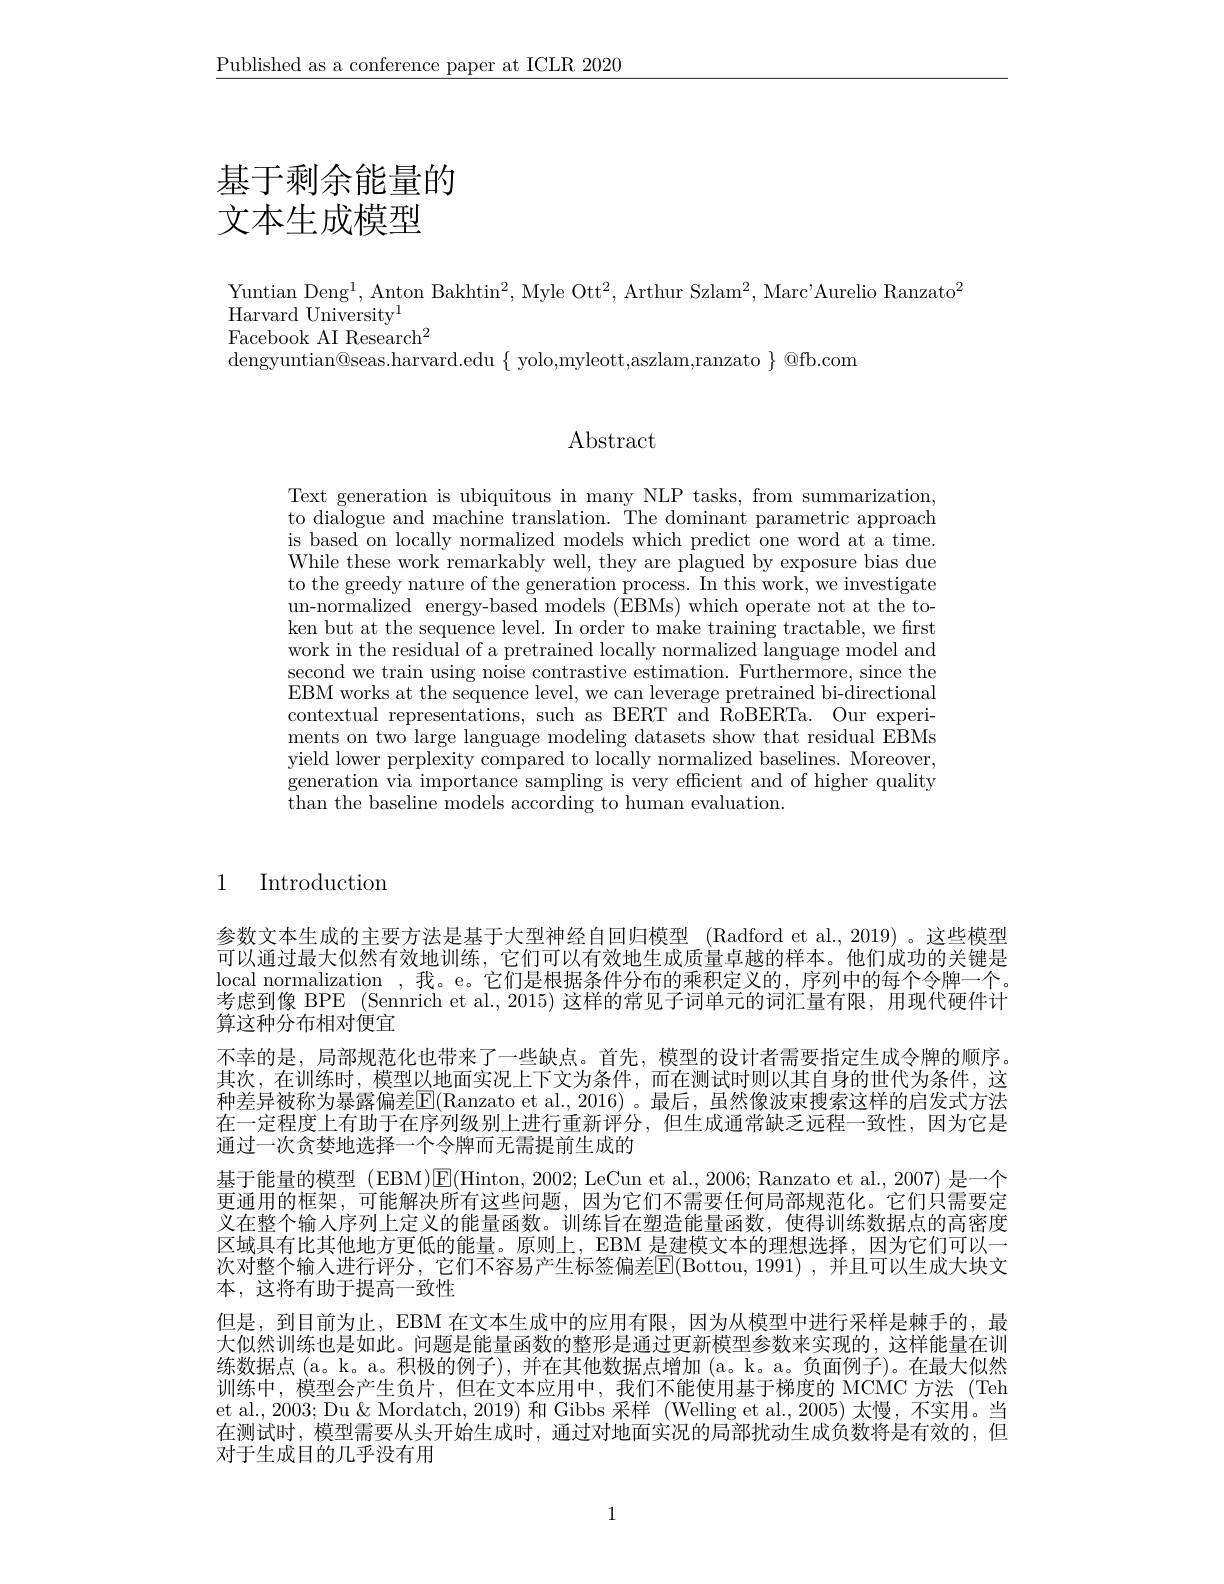
$\underline{\text{Published as a conference paper at ICLR 2020}}$

# 基于剩余能量的文本生成模型

Yuntian Deng$^1$, Anton Bakhtin$^2$, Myle Ott$^2$, Arthur Szlam$^2$, Marc'Aurelio Ranzato$^2$
Harvard University$^1$
Facebook AI Research$^2$
$dengyuntian@seas.harvard.edu{\text{ yolo,myleott,aszlam,ranzato}}{\text{ @fb.com}}$

# $\operatorname{Abstract}$

Text generation is ubiquitous in many NLP tasks, from summarization, to dialogue and machine translation. The dominant parametric approach is based on locally normalized models which predict one word at a time. While these work remarkably well, they are plagued by exposure bias due to the greedy nature of the generation process. In this work, we investigate un-normalized energy-based models ($\hat{\text{EBMs)which operate not at the to-}}$ ken but at the sequence level. In order to make training tractable, we first work in the residual of a pretrained locally normalized language model and second we train using noise contrastive estimation. Furthermore, since the EBM works at the sequence level, we can leverage pretrained bi-directional contextual representations, such as BERT and RoBERTa. Our experiments on two large language modeling datasets show that residual EBMs yield lower perplexity compared to locally normalized baselines. Moreover, generation via importance sampling is very efficient and of higher quality than the baseline models according to human evaluation.

1 Introduction

参数文本生成的主要方法是基于大型神经自回归模型 (Radford et al.,2019) 。这些模型可以通过最大似然有效地训练，它们可以有效地生成质量卓越的样本。他们成功的关键是local normalization , 我。e。它们是根据条件分布的乘积定义的，序列中的每个令牌一个。考虑到像 BPE (Sennrich et al., 2015) 这样的常见子词单元的词汇量有限，用现代硬件计算这种分布相对便宜
不幸的是，局部规范化也带来了一些缺点。首先，模型的设计者需要指定生成令牌的顺序。其次，在训练时，模型以地面实况上下文为条件，而在测试时则以其自身的世代为条件，这种差异被称为暴露偏差$\boxed{\mathrm{E}}($Ranzato et al.,2016)。最后，虽然像波束搜索这样的启发式方法在一定程度上有助于在序列级别上进行重新评分，但生成通常缺乏远程一致性，因为它是通过一次贪婪地选择一个令牌而无需提前生成的
基于能量的模型 (EBM)$\boxed{\mathrm{E}}($Hinton, 2002; LeCun et al., 2006; Ranzato et al., 2007) 是一个更通用的框架，可能解决所有这些问题，因为它们不需要任何局部规范化。它们只需要定义在整个输人序列上定义的能量函数。训练旨在塑造能量函数，使得训练数据点的高密度区域具有比其他地方更低的能量。原则上，EBM 是建模文本的理想选择，因为它们可以一次对整个输人进行评分，它们不容易产生标签偏差E(Bottou,1991),并且可以生成大块文本，这将有助于提高一致性
但是，到目前为止，EBM 在文本生成中的应用有限，因为从模型中进行采样是棘手的，最大似然训练也是如此。问题是能量函数的整形是通过更新模型参数来实现的，这样能量在训练数据点(a。k。a。积极的例子),并在其他数据点增加 (a。k。a。负面例子)。在最大似然训练中，模型会产生负片，但在文本应用中，我们不能使用基于梯度的 MCMC 方法 (Teh et al., 2003; Du & Mordatch, 2019) 和 Gibbs 采样 (Welling et al.,2005) 太慢，不实用。当在测试时，模型需要从头开始生成时，通过对地面实况的局部扰动生成负数将是有效的，但对于生成目的几乎没有用

1